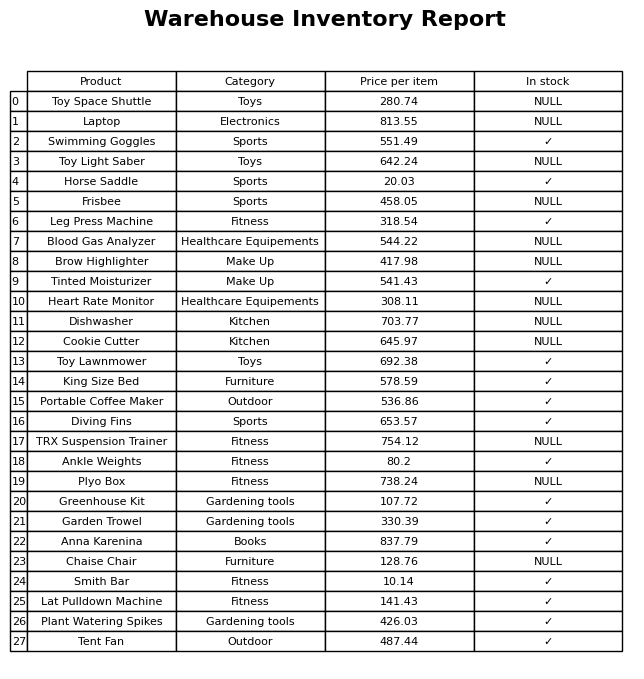
question: What is the price for Cookie Cutter?
answer: The price of Cookie Cutter is 645.97.